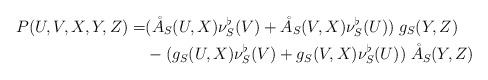
LaTeX: \begin{align*}P(U,V,X,Y,Z)= & ( \mathring{A}_S(U,X)\nu_S^\flat(V) + \mathring{A}_S(V,X) \nu_S^\flat(U) ) \; g_S(Y,Z) \\& -( g_S(U,X)\nu_S^\flat(V) + g_S(V,X) \nu_S^\flat(U) ) \; \mathring{A}_S(Y,Z) \end{align*}